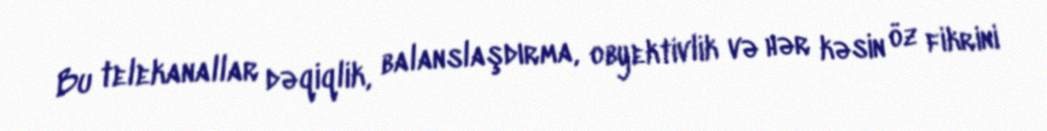
Bu telekanallar dəqiqlik, balanslaşdırma, obyektivlik və hər kəsin öz fikrini